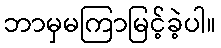
ဘာမှမကြာမြင့်ခဲ့ပါ။